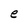
Character: e